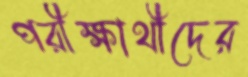
পরীক্ষার্থীদের